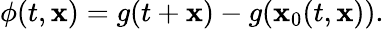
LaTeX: \phi(t,\mathbf{x})=g(t+\mathbf{x})-g(\mathbf{x}_{0}(t,\mathbf{x})).